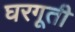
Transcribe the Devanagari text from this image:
घरगूती